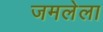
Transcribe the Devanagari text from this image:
जमलेला